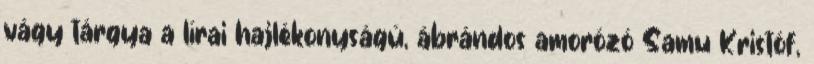
vágy tárgya a lírai hajlékonyságú, ábrándos amorózó Samu Kristóf,